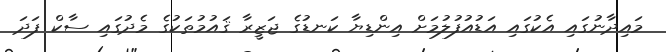
މައިދާނުގައި އެކުގައި އަޑުއުފުލުމަށް އިންޑިޔާ ކަނޑުގެ ޖަޒީރާ ޤައުމުތަކުގެ މެދުގައި ސާކް ފަދަ